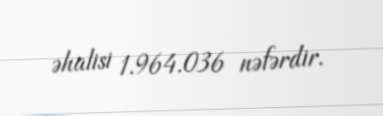
əhalisi 1.964.036 nəfərdir.